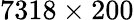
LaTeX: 7318\times 200